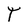
Character: T